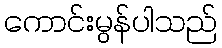
ကောင်းမွန်ပါသည်